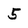
Character: 5